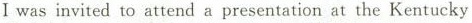
I was invited to attend a presentation at the Kentucky